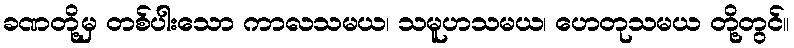
ခဏတို့မှ တစ်ပါးသော ကာလသမယ၊ သမူဟသမယ၊ ဟေတုသမယ တို့တွင်။